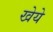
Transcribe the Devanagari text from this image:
खेये